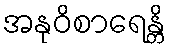
အနုဝိစာရေန္တိ